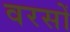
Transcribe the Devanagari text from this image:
वरसों